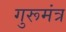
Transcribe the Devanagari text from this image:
गुरूमंत्र